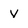
Character: V